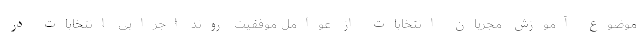
موضوع آموزش مجریان انتخابات از عوامل موفقیت روند اجرایی انتخابات در